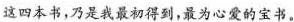
这四本书，乃是我最初得到，最为心爱的宝书。